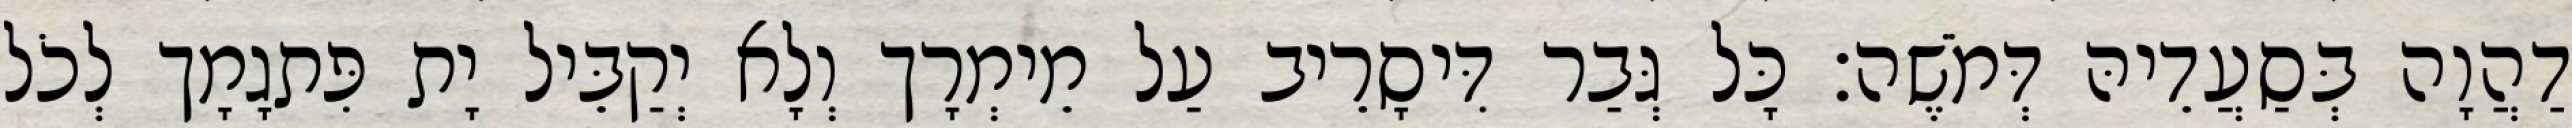
דַהֲוָה בְּסַעֲדֵיהּ דְּמֹשֶׁה׃ כָּל גְּבַר דִּיסָרֵיב עַל מֵימְרָך וְלָא יְקַבֵּיל יָת פִּתגָמָך לְכֹל